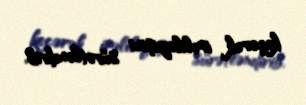
keçərək irəliləyişini sürətləndirib.